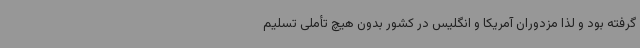
گرفته بود و لذا مزدوران آمریکا و انگلیس در کشور بدون هیچ تأملی تسلیم